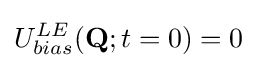
U_{bias}^{LE}(\mathbf {Q} ;t=0)=0